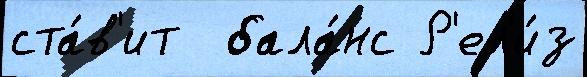
ста́в'ит  бала́нс Р'ел'и́з